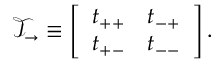
\mathcal { T } _ { \rightarrow } \equiv \left[ \begin{array} { l l } { t _ { + + } } & { t _ { - + } } \\ { t _ { + - } } & { t _ { -- } } \end{array} \right] .